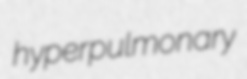
hyperpulmonary